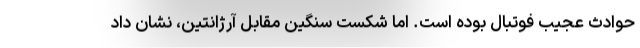
حوادث عجیب فوتبال بوده است. اما شکست سنگین مقابل آرژانتین، نشان داد